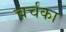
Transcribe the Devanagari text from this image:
चर्चका